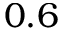
0 . 6